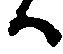
ハ